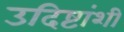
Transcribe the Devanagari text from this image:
उदिष्टांशी